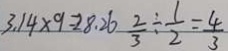
3 . 1 4 \times 9 = 2 8 . 2 6 \frac { 2 } { 3 } \div \frac { 1 } { 2 } = \frac { 4 } { 3 }